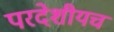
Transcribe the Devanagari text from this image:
परदेशीयच